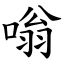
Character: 嗡